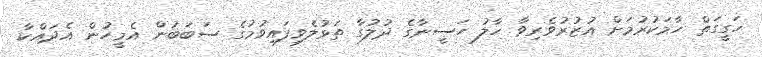
ހަގީގަތް ހާމަަކުރުމަށް އުޒުރުވެރިިވާ ހާލު ހަސީނާގެ ދުލުގާ ތަޅުލެވިފައިވުމުގެ ސަބަބުން އެމީީހުން އެދައްކާ